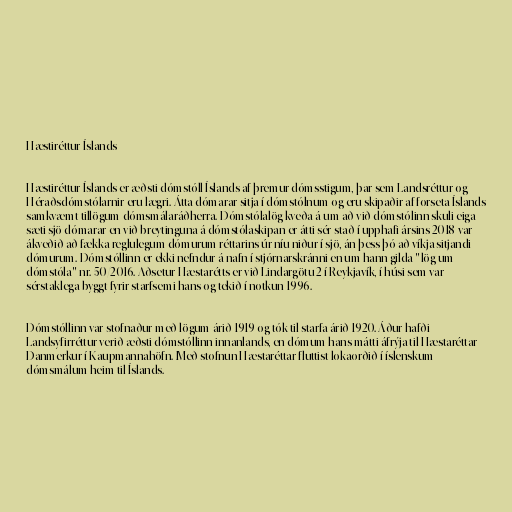
Hæstiréttur Íslands

Hæstiréttur Íslands er æðsti dómstóll Íslands af þremur dómsstigum, þar sem Landsréttur og
Héraðsdómstólarnir eru lægri. Átta dómarar sitja í dómstólnum og eru skipaðir af forseta Íslands
samkvæmt tillögum dómsmálaráðherra. Dómstólalög kveða á um að við dómstólinn skuli eiga
sæti sjö dómarar en við breytinguna á dómstólaskipan er átti sér stað í upphafi ársins 2018 var
ákveðið að fækka reglulegum dómurum réttarins úr níu niður í sjö, án þess þó að víkja sitjandi
dómurum. Dómstóllinn er ekki nefndur á nafn í stjórnarskránni en um hann gilda "lög um
dómstóla" nr. 50/2016. Aðsetur Hæstarétts er við Lindargötu 2 í Reykjavík, í húsi sem var
sérstaklega byggt fyrir starfsemi hans og tekið í notkun 1996.

Dómstóllinn var stofnaður með lögum árið 1919 og tók til starfa árið 1920. Áður hafði
Landsyfirréttur verið æðsti dómstóllinn innanlands, en dómum hans mátti áfrýja til Hæstaréttar
Danmerkur í Kaupmannahöfn. Með stofnun Hæstaréttar fluttist lokaorðið í íslenskum
dómsmálum heim til Íslands.